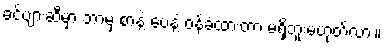
ခင်ဗျားဆီမှာ ဘာမှ စာနဲ့ ပေနဲ့ ဝန်ခံထားတာ မရှိဘူးမဟုတ်လား။